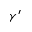
\gamma ^ { \prime }